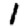
Digit: 1